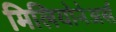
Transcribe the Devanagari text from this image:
मिलियोनेअर्स